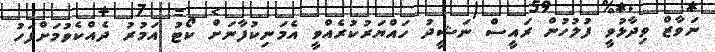
ނަވާޒް ވިދާޅުވީ ފުލުހުން ރައީސް ނަޝީދު ހައްޔަރުކުރެއްވީ އެމަނިކުފާނަށް ކޯޓު އަމުރު ދެއްކެވުމަށްފަހު